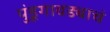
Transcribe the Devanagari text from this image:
पुंडूगावड्याचं